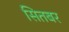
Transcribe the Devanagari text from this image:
सितबर